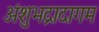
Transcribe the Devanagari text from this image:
अंशुभद्रादागम